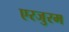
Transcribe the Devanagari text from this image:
एरजुरम